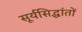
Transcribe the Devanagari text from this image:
सूर्यसिद्धांतों